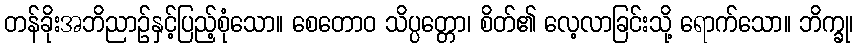
တန်ခိုးအဘိညာဉ်နှင့်ပြည့်စုံသော။ စေတောဝ သိပ္ပတ္တော၊ စိတ်၏ လေ့လာခြင်းသို့ ရောက်သော။ ဘိက္ခု၊